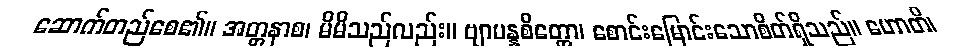
ဆောက်တည်စေ၏။ အတ္တနာစ၊ မိမိသည်လည်း။ ဗျာပန္နစိတ္တော၊ စောင်းမြောင်းသောစိတ်ရှိသည်။ ဟောတိ၊